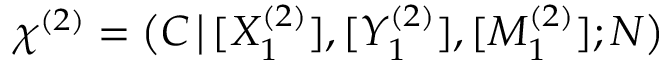
\chi ^ { ( 2 ) } = \big ( C \, \big | \, [ X _ { 1 } ^ { ( 2 ) } ] , [ Y _ { 1 } ^ { ( 2 ) } ] , [ M _ { 1 } ^ { ( 2 ) } ] ; N \big )